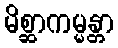
မိစ္ဆာကမ္မန္တာ